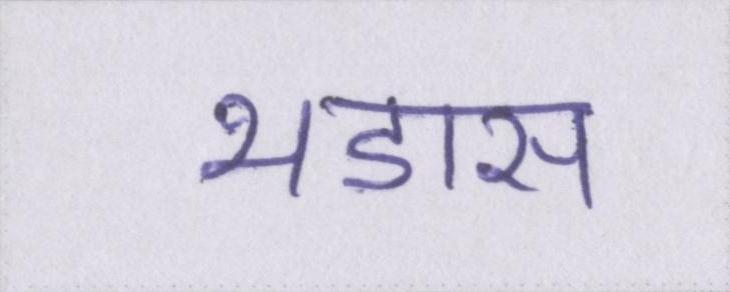
भडास